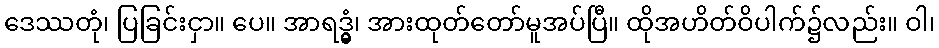
ဒေဿတုံ၊ ပြခြင်းငှာ။ ပေ။ အာရဒ္ဓွံ၊ အားထုတ်တော်မူအပ်ပြီ။ ထိုအဟိတ်ဝိပါက်၌လည်း။ ဝါ၊